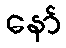
နော်